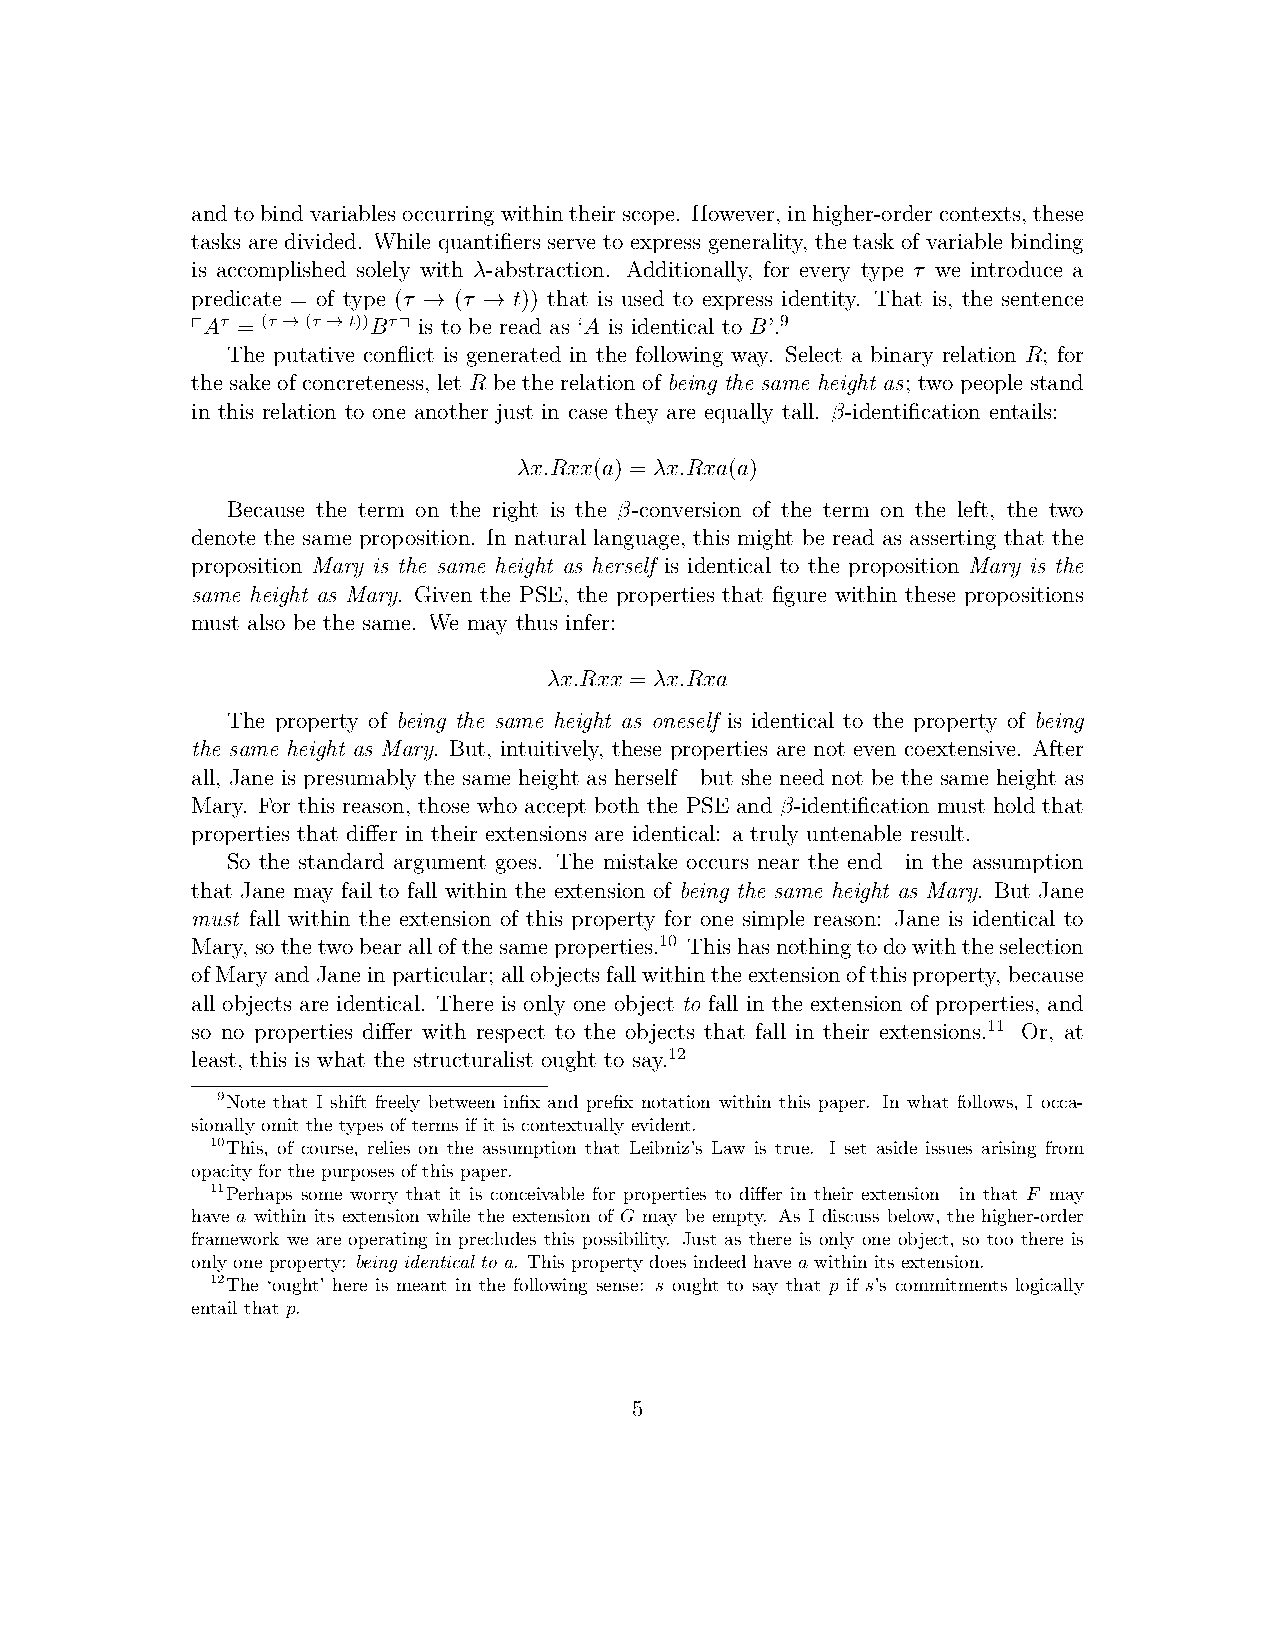
andtobindvariablesoccurringwithintheirscope. However, inhigher-ordercontexts, these
 tasks are divided. While quantifiers serve to express generality, the task of variable binding
 is accomplished solely with λ-abstraction. Additionally, for every type τ we introduce a
 predicate = of type (τ (τ t)) that is used to express identity. That is, the sentence
 →   →
 ┌Aτ = (τ →(τ →t))Bτ ┐ is to be read as ‘A is identical to B’.9
 The putative conflict is generated in the following way. Select a binary relation R; for
 the sake of concreteness, let R be the relation of being the same height as; two people stand
 in this relation to one another just in case they are equally tall. β-identification entails:
 λx.Rxx(a) = λx.Rxa(a)
 Because the term on the right is the β-conversion of the term on the left, the two
 denote the same proposition. In natural language, this might be read as asserting that the
 proposition Mary is the same height as herself is identical to the proposition Mary is the
 same height as Mary. Given the PSE, the properties that figure within these propositions
 must also be the same. We may thus infer:
 λx.Rxx = λx.Rxa
 The property of being the same height as oneself is identical to the property of being
 the same height as Mary. But, intuitively, these properties are not even coextensive. After
 all, Jane is presumably the same height as herself—but she need not be the same height as
 Mary. For this reason, those who accept both the PSE and β-identification must hold that
 properties that differ in their extensions are identical: a truly untenable result.
 So the standard argument goes. The mistake occurs near the end—in the assumption
 that Jane may fail to fall within the extension of being the same height as Mary. But Jane
 must fall within the extension of this property for one simple reason: Jane is identical to
 Mary,sothetwobearallofthesameproperties.10 Thishasnothingtodowiththeselection
 ofMaryandJaneinparticular; allobjectsfallwithintheextensionofthisproperty,because
 all objects are identical. There is only one object to fall in the extension of properties, and
 so no properties differ with respect to the objects that fall in their extensions.11 Or, at
 least, this is what the structuralist ought to say.12
 9Note that I shift freely between infix and prefix notation within this paper. In what follows, I occa-
 sionally omit the types of terms if it is contextually evident.
 10This, of course, relies on the assumption that Leibniz’s Law is true. I set aside issues arising from
 opacity for the purposes of this paper.
 11Perhaps some worry that it is conceivable for properties to differ in their extension—in that F may
 have a within its extension while the extension of G may be empty. As I discuss below, the higher-order
 framework we are operating in precludes this possibility. Just as there is only one object, so too there is
 only one property: being identical to a. This property does indeed have a within its extension.
 12The ‘ought’ here is meant in the following sense: s ought to say that p if s’s commitments logically
 entail that p.
 5